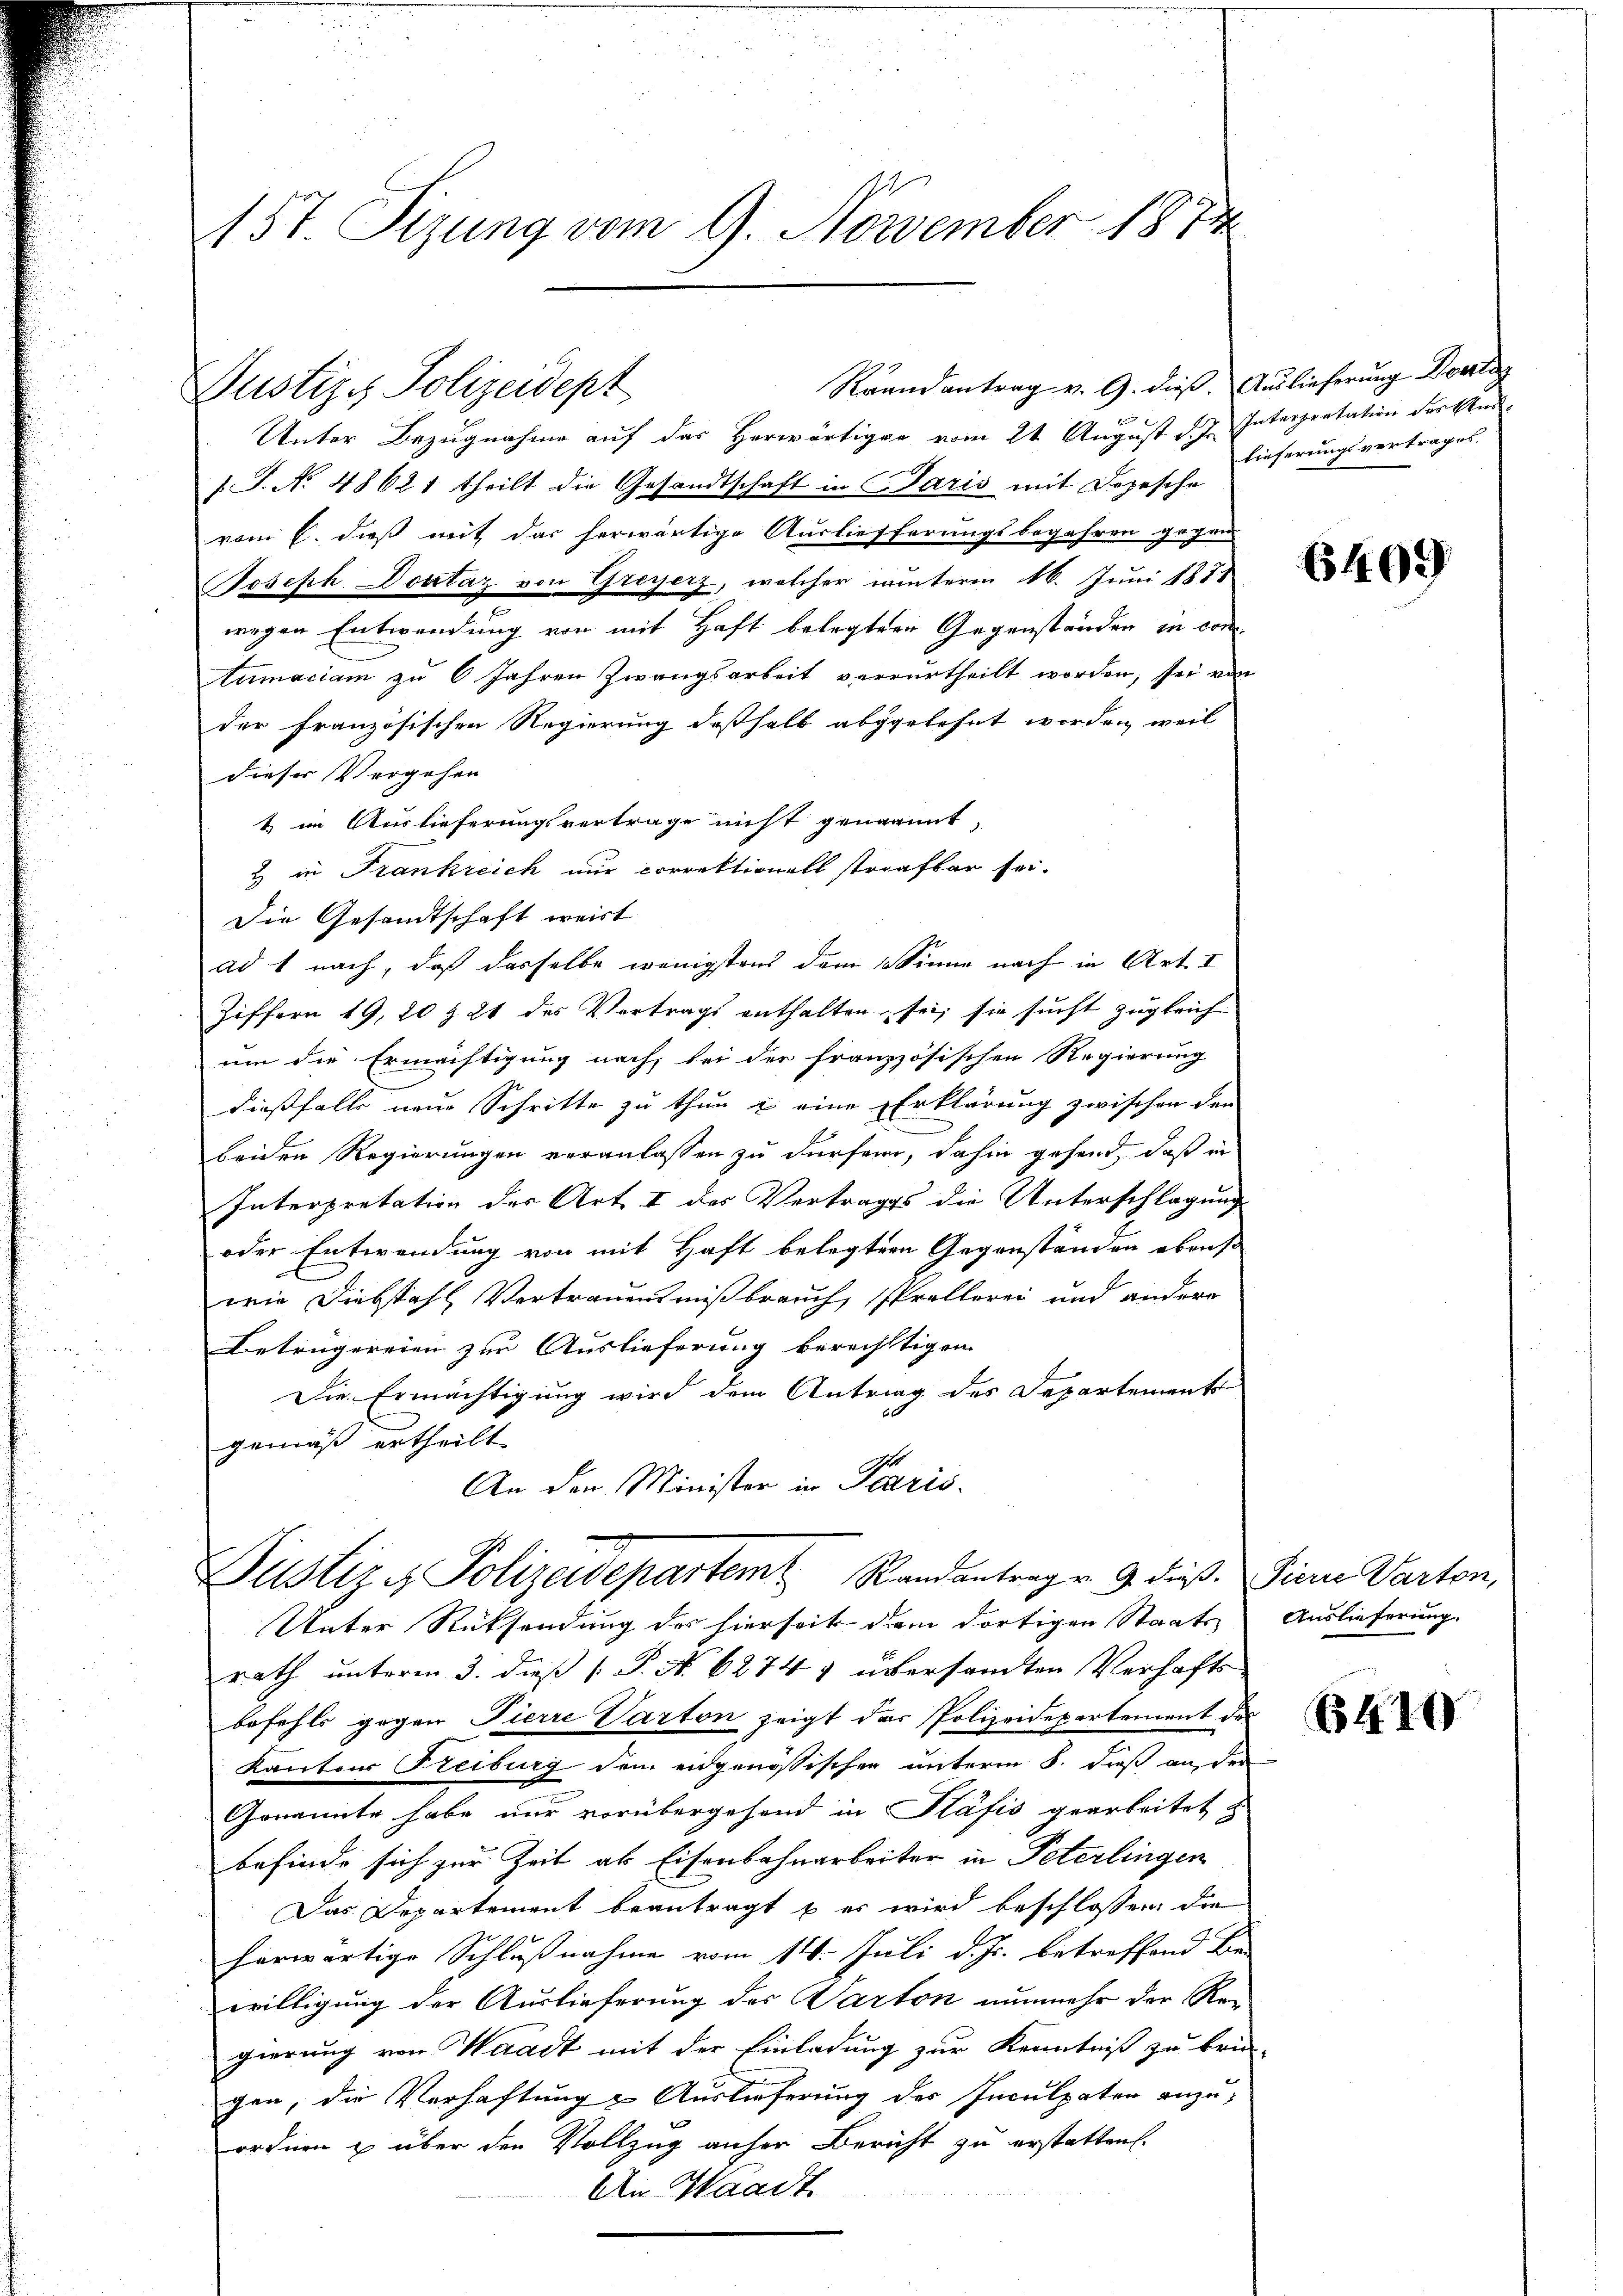
157. Sizung vom 9. November 1874

Justiz- Polizeidept

Unter Bezugnahme auf das Herwärtigen vom 21 August d. J. Interpretation der Ausf. J. No 48621 theilt die Gesandtschaft in Paris mit Depesche
vom 6. dieß mit das herwärtige Ausliefferungsbegehren gegen
Joseph Dontaz von Greyerz, welcher munterm 6. Juni 1871
wegen Entwendung von mit Haft belegten Gegenständen in contumaciam zu 6 Jahren Zwangsarbeit verurtheilt worden, sei von
der französischen Regierung deßhalb abgelehnt worden, weil
dieser Vergehen
& im Auslieferungsvertrage nicht genannt,
2 in Frankreich nur correktionals strafbar sei.
Die Gesandtschaft weist
adt nach, daß dasselbe wenigstens dem Sinne nach in Art. I
Ziffern 19, 20 § 21 des Vertrags enthalten sei, sie sucht zugleich
um die Ermächtigung nach, bei der französischen Regierung
dießfalls neue Schritte zu thun u. eine Erklärung zwischen den
beiden Regierungen veranlassen zu dürfen, dahin gehend, daß in
Interpretation der Art I des Vertrages die Unterschlagung
oder Entwendung von mit Haft belegten Gegenständen ebenso
wie Diebstahl, Vertrauensmißbrauch, sprellorei und andere
Betrügereien zur Auslieferung berechtigen
Die Ermächtigung wird dem Antrag des Departement
gemäß ertheilt.
An den Minister in Paris.
Justiz & Polizeidepartem Randantrag v. 9. dieß. Viere Parten,
Unter Rücksendung des hierseit dem dortigen Staats Auslieferung.
rath unterm 3. dieß P. No. 6274 & übersandten Verhafts-
befehls gegen Pierre Varton zeigt das Polizeidepartement des
Kantons Freiburg dem eidgenössischen unterm 8. dieß an der
Genannte habe nur vorübergehend in Stafis gearbeitet z
befinde sich zur Zeit als Eisenbahnarbeiter in Peterlingen
Das Departement beantragt b er wird beschlossen, die
herwärtige Schlußnahme vom 14. Juli d. Js. betreffend Be-
willigung der Auslieferung des Parton nunmehr der Rei
gierung von Waadt mit der Einladung zur Kenntniß zu brin-
gen, die Verhaftung & Auslieferung der Inculpaten anzuordnen & über den Vollzug anher Bericht zu erstatten.
An Waadt.

Raandantrag v. 9. dieß. Auslieferung Dorlag

lieferungsvertrages.

6409

B410